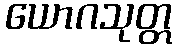
ယောဂသုတ္တ